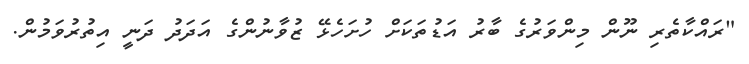
"ރައްކާތެރި ނޫން މިންވަރުގެ ބާރު އަޑުތަކަށް ހުށަހެޅޭ ޒުވާނުންގެ އަދަދު ދަނީ އިތުރުވަމުން.